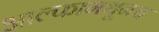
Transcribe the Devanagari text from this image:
आल्फामधूनच